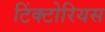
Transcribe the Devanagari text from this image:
टिंक्टोरियस